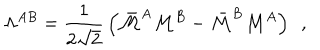
\Lambda ^ { A B } = { \frac { 1 } { 2 \sqrt { 2 } } } \left( \bar { \cal M } ^ { A } { \cal M } ^ { B } - \bar { \cal M } ^ { B } { \cal M } ^ { A } \right) ~ ~ ,